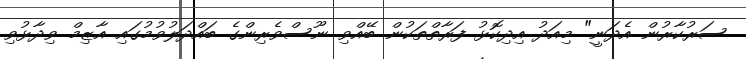
ސަރުކާރުން އެދަނީ" މިއަދު އިދިކޮޅު ފަރާތްތަކުން ބޭއްވި ނޫސްވެރިންގެ ބައްދަލުވުމުގައި އާޒިމް ވިދާޅުވި